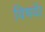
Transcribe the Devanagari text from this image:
विषयाें